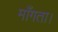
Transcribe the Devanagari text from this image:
माँगता।